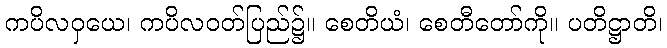
ကပိလဝှယေ၊ ကပိလဝတ်ပြည်၌။ စေတိယံ၊ စေတီတော်ကို။ ပတိဋ္ဌာတိ၊